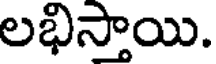
లభిస్తాయి.